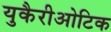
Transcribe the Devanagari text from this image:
युकैरीओटिक